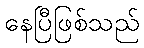
နေပြီဖြစ်သည်